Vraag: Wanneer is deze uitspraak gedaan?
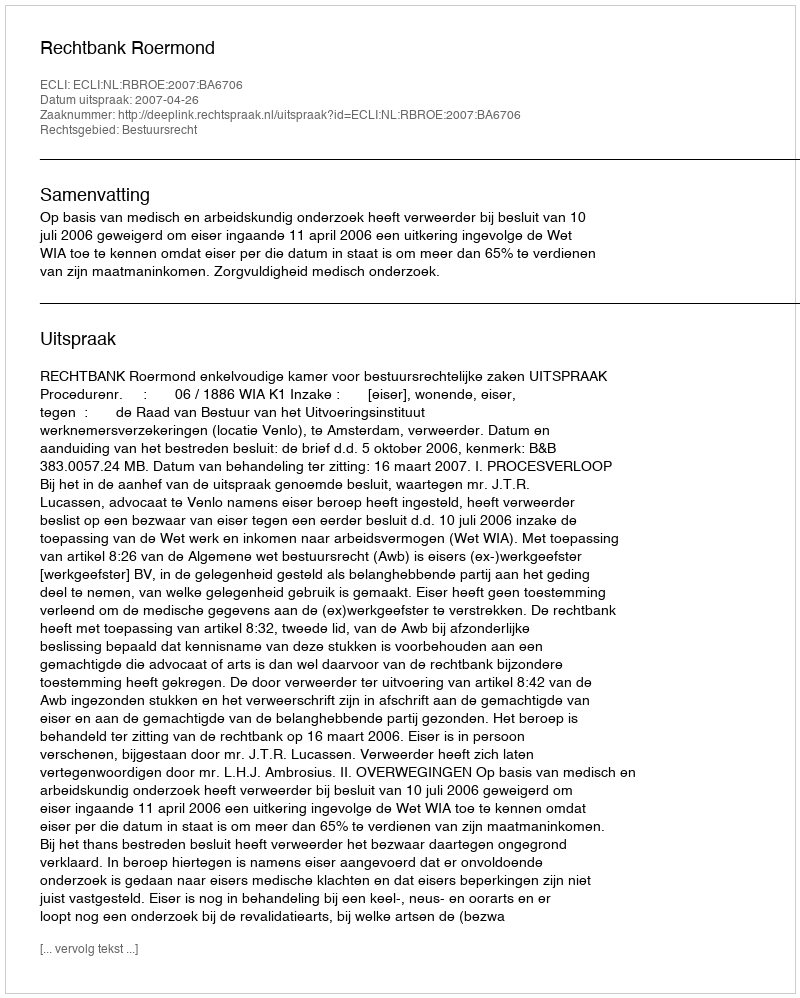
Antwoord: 2007-04-26